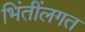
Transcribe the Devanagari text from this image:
भिंतींलगत